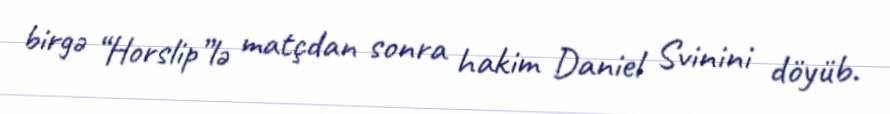
birgə “Horslip”lə matçdan sonra hakim Daniel Svinini döyüb.